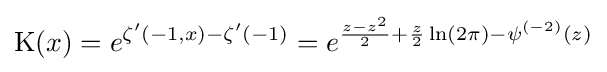
\operatorname {K} (x)=e^{\zeta ^{\prime }(-1,x)-\zeta ^{\prime }(-1)}=e^{{\frac {z-z^{2}}{2}}+{\frac {z}{2}}\ln(2\pi )-\psi ^{(-2)}(z)}